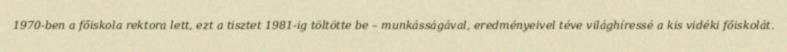
1970-ben a főiskola rektora lett, ezt a tisztet 1981-ig töltötte be – munkásságával, eredményeivel téve világhíressé a kis vidéki főiskolát.